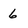
Character: 6